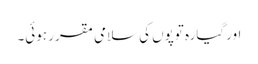
اور گیارہ توپوں کی سلامی مقرر ہوئی۔